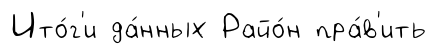
Ито́г'и да́нных Райо́н пра́в'ить